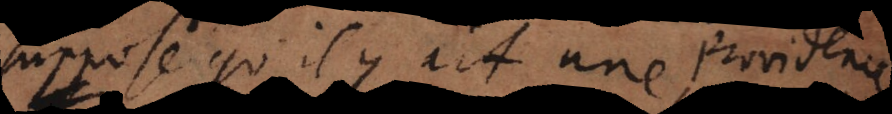
supposé qu’il y ait une providence